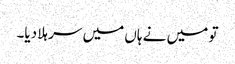
تو میں نے ہاں میں سر ہلا دیا۔